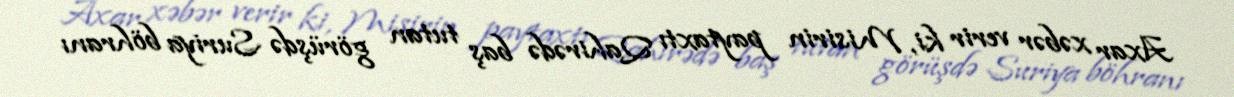
Axar xəbər verir ki, Misirin paytaxtı Qahirədə baş tutan görüşdə Suriya böhranı